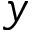
y